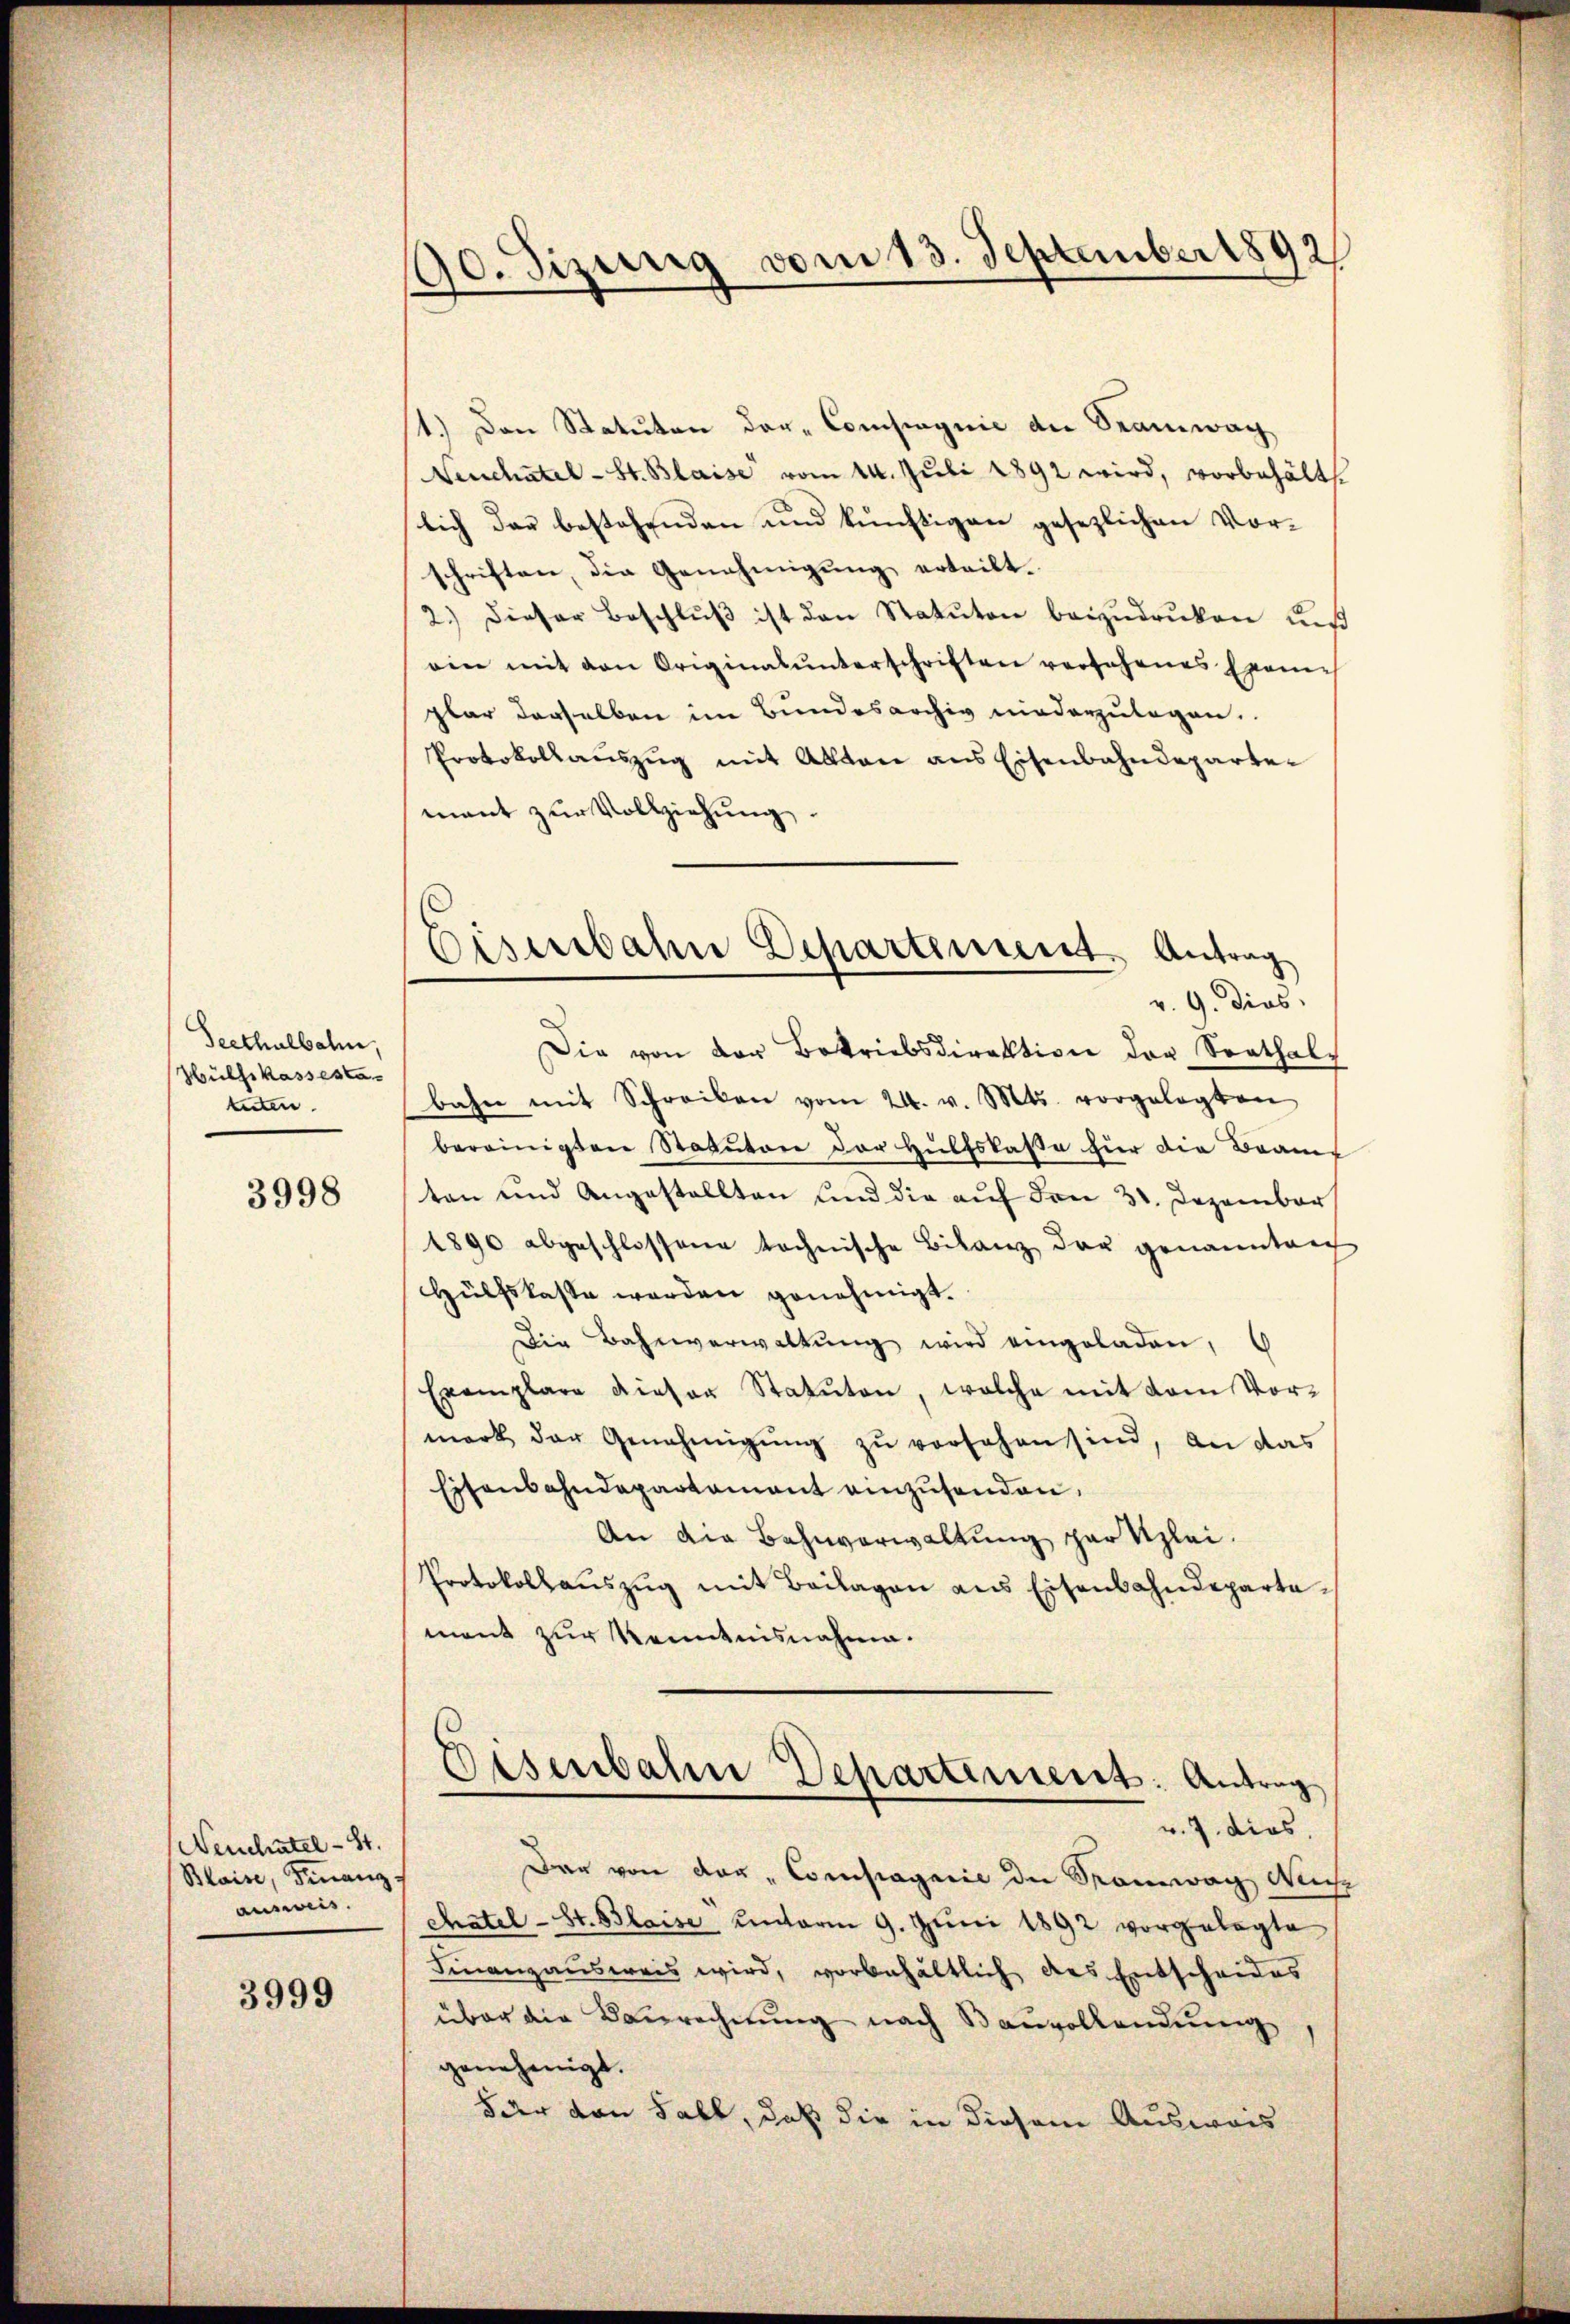
Seethalbahn,
Hülfskassesta-
tuten.

3998

Neuchatel - 81.
Blaise, Finanz-
ausweis.

3999

90. dizung vom 13. September 1892
e

Eisenbahn Departement. Antrag
v. 9. dios.

t.) Den Statuten dar-Compagnie die Beanwach
Neuchâtel-St. Blaise vom 14. Juli 1892 wird, vorbehält.
lich der bestehenden und künftigen gesezlichen Vorschriften, die Genehmigung erteilt.
2.) Dieser Beschlŭβ ist den Statuten beizudruken uns
ein mit von Originalunterschriften versehenes Examens
plar derselben im Bundesarchiv niederzulegen.
Protokollauszug mit Allton aus Eisenbahndepartemant zŭr Vollziehung.
Die von der Betriebsdirektion der Sorthalbahn mit Schreiben vom 24. v. Mts. vorgelegten
bereinigten Statutore der Hülfskasse hier die Braut
ten und Angestellten und die auf drei 31. Dezember
1890 abgeschlossene technische Bilanz der genannten
Hülfslasse werden genehmigt.
Die Bahnverwaltŭng wird eingeladen, 6
Exemplare dieser Statuten, welche mit dem Vormark der Genehmigŭng zŭ versehen sind, an das
Eisenbahndepartement einzusenden.
An die Bahnverwaltung gar klei¬
Protokollaŭszŭg mit Beilagen aus Eisenbahndepartement zur Kenntnisnahme.
Disenbahn Departensent. Antrag
v. 7. dies
Der von der „Compagnie die Samwag Mich
Chatel-St. Blaise unterm 9. Juni 1892 vorgelegte
Finanzausweis wird, vorbehältlich des Entscheides
über die Baurechnung nach Bauvollendung
genehmigt.
oder von habt, daß die in diesem Ausweis